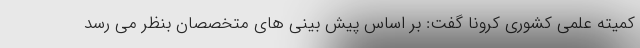
کمیته علمی کشوری کرونا گفت: بر اساس پیش بینی های متخصصان بنظر می رسد